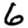
Digit: 6